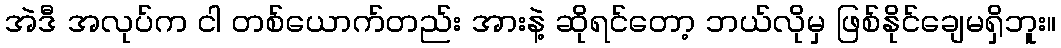
အဲဒီ အလုပ်က ငါ တစ်ယောက်တည်း အားနဲ့ ဆိုရင်တော့ ဘယ်လိုမှ ဖြစ်နိုင်ချေမရှိဘူး။